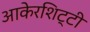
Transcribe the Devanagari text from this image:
आकेरशिट्टी